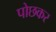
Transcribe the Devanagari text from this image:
पोछकर